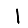
Digit: 1